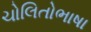
ચોલિતોભાષા